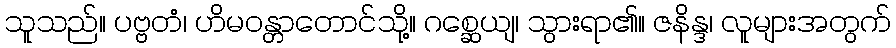
သူသည်။ ပဗ္ဗတံ၊ ဟိမဝန္တာတောင်သို့။ ဂစ္ဆေယျ၊ သွားရာ၏။ ဇနိန္ဒ၊ လူများအတွက်